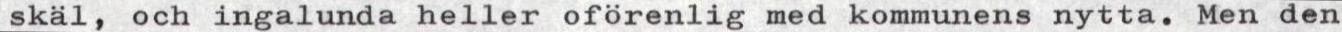
skäl, och ingalunda heller oförenlig med kommunens nytta. Men den